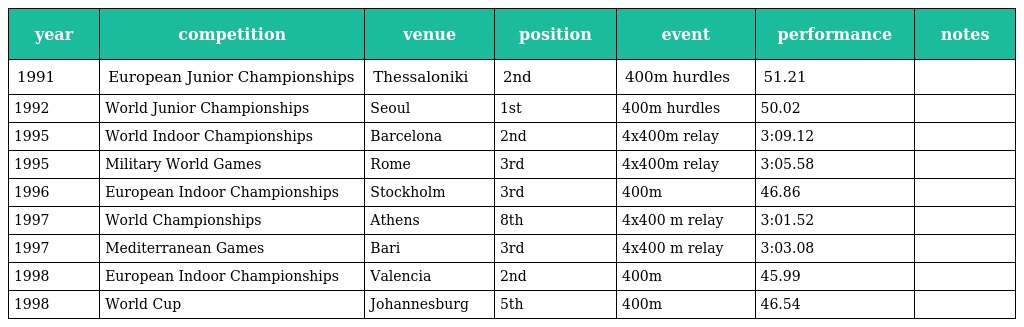
| year | competition | venue | position | event | performance | notes |
 | --- | --- | --- | --- | --- | --- | --- |
 | 1991 | European Junior Championships | Thessaloniki | 2nd | 400m hurdles | 51.21 |  |
 | 1992 | World Junior Championships | Seoul | 1st | 400m hurdles | 50.02 |  |
 | 1995 | World Indoor Championships | Barcelona | 2nd | 4x400m relay | 3:09.12 |  |
 | 1995 | Military World Games | Rome | 3rd | 4x400m relay | 3:05.58 |  |
 | 1996 | European Indoor Championships | Stockholm | 3rd | 400m | 46.86 |  |
 | 1997 | World Championships | Athens | 8th | 4x400 m relay | 3:01.52 |  |
 | 1997 | Mediterranean Games | Bari | 3rd | 4x400 m relay | 3:03.08 |  |
 | 1998 | European Indoor Championships | Valencia | 2nd | 400m | 45.99 |  |
 | 1998 | World Cup | Johannesburg | 5th | 400m | 46.54 |  |